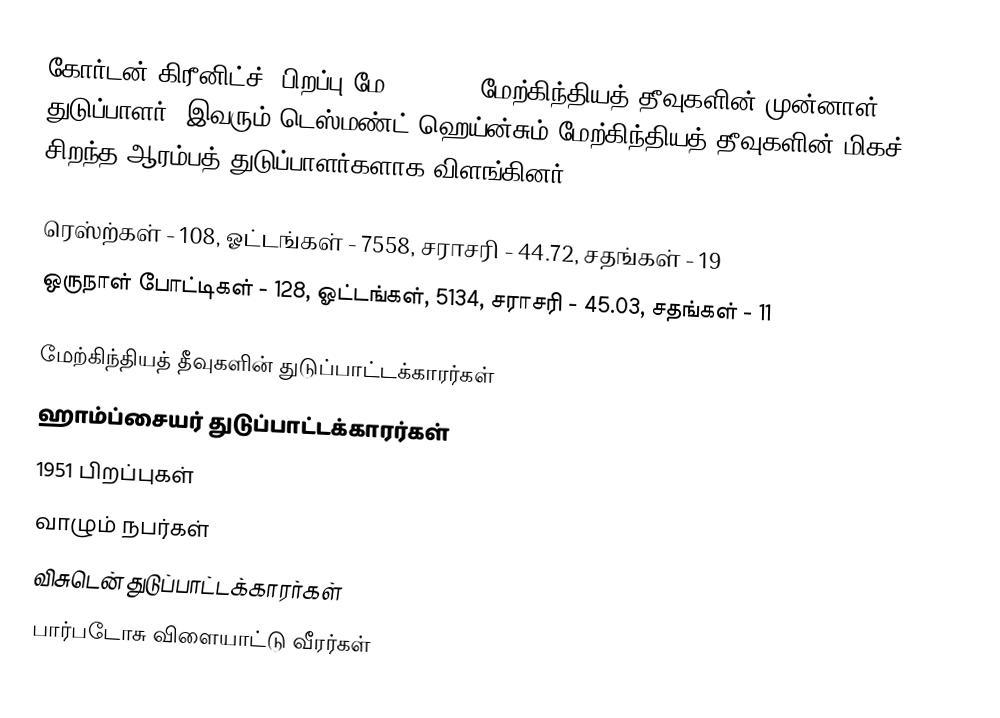
கோர்டன் கிரீனிட்ச் (பிறப்பு மே 1, 1951) மேற்கிந்தியத் தீவுகளின் முன்னாள் துடுப்பாளர். இவரும் டெஸ்மண்ட் ஹெய்ன்சும் மேற்கிந்தியத் தீவுகளின் மிகச் சிறந்த ஆரம்பத் துடுப்பாளர்களாக விளங்கினர்.

 ரெஸ்ற்கள் - 108, ஓட்டங்கள் - 7558, சராசரி - 44.72, சதங்கள் - 19
 ஒருநாள் போட்டிகள் - 128, ஓட்டங்கள், 5134, சராசரி - 45.03, சதங்கள் - 11

மேற்கிந்தியத் தீவுகளின் துடுப்பாட்டக்காரர்கள்
ஹாம்ப்சையர் துடுப்பாட்டக்காரர்கள்
1951 பிறப்புகள்
வாழும் நபர்கள்
விசுடென் துடுப்பாட்டக்காரர்கள்
பார்படோசு விளையாட்டு வீரர்கள்